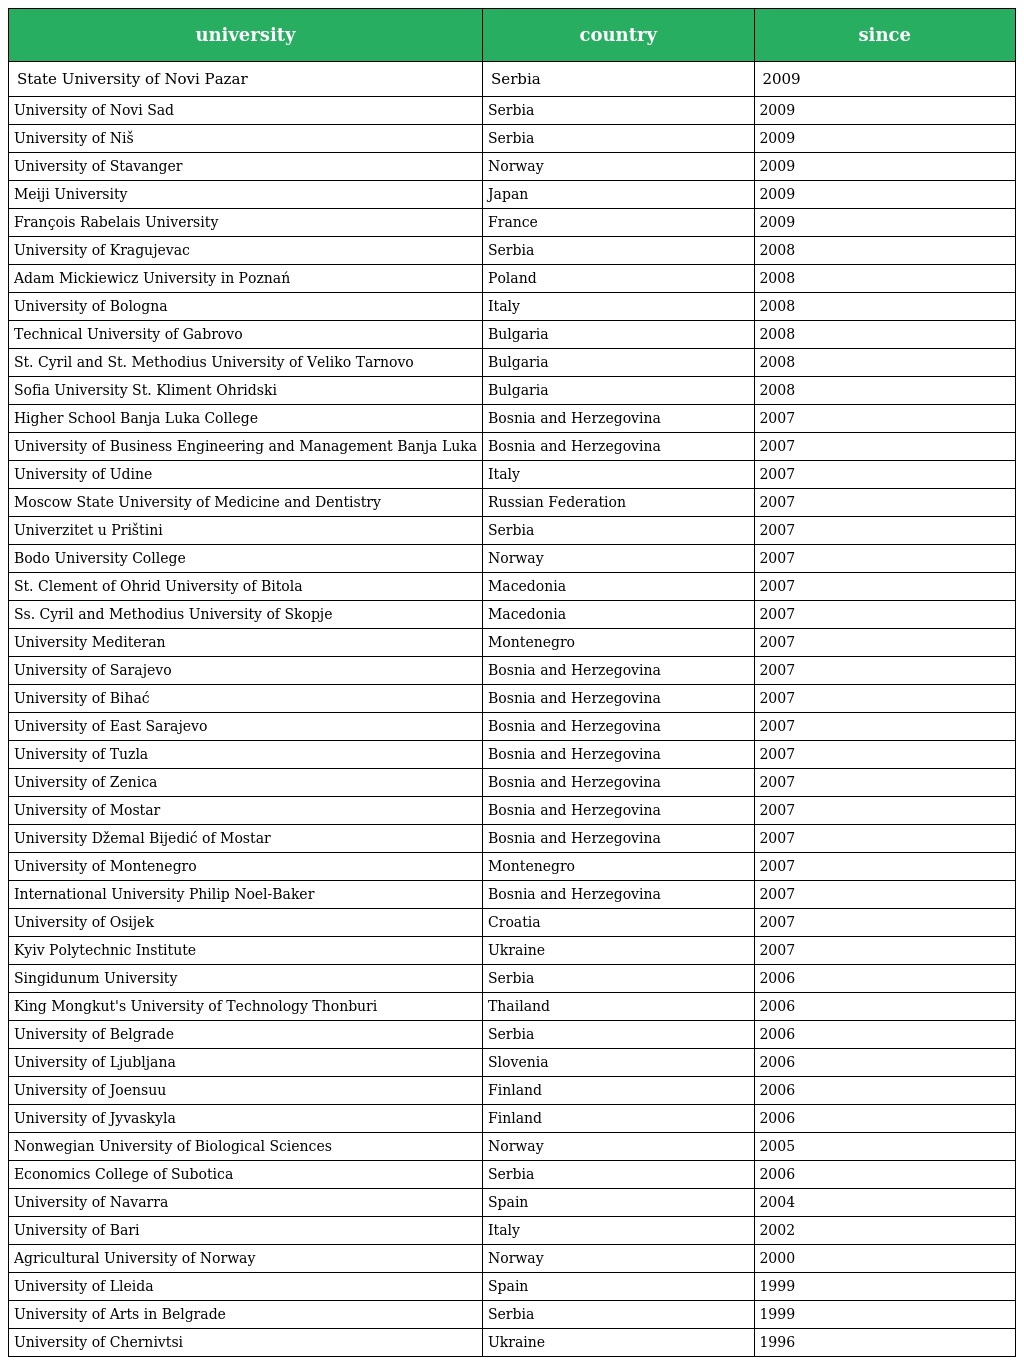
| university | country | since |
 | --- | --- | --- |
 | State University of Novi Pazar | Serbia | 2009 |
 | University of Novi Sad | Serbia | 2009 |
 | University of Niš | Serbia | 2009 |
 | University of Stavanger | Norway | 2009 |
 | Meiji University | Japan | 2009 |
 | François Rabelais University | France | 2009 |
 | University of Kragujevac | Serbia | 2008 |
 | Adam Mickiewicz University in Poznań | Poland | 2008 |
 | University of Bologna | Italy | 2008 |
 | Technical University of Gabrovo | Bulgaria | 2008 |
 | St. Cyril and St. Methodius University of Veliko Tarnovo | Bulgaria | 2008 |
 | Sofia University St. Kliment Ohridski | Bulgaria | 2008 |
 | Higher School Banja Luka College | Bosnia and Herzegovina | 2007 |
 | University of Business Engineering and Management Banja Luka | Bosnia and Herzegovina | 2007 |
 | University of Udine | Italy | 2007 |
 | Moscow State University of Medicine and Dentistry | Russian Federation | 2007 |
 | Univerzitet u Prištini | Serbia | 2007 |
 | Bodo University College | Norway | 2007 |
 | St. Clement of Ohrid University of Bitola | Macedonia | 2007 |
 | Ss. Cyril and Methodius University of Skopje | Macedonia | 2007 |
 | University Mediteran | Montenegro | 2007 |
 | University of Sarajevo | Bosnia and Herzegovina | 2007 |
 | University of Bihać | Bosnia and Herzegovina | 2007 |
 | University of East Sarajevo | Bosnia and Herzegovina | 2007 |
 | University of Tuzla | Bosnia and Herzegovina | 2007 |
 | University of Zenica | Bosnia and Herzegovina | 2007 |
 | University of Mostar | Bosnia and Herzegovina | 2007 |
 | University Džemal Bijedić of Mostar | Bosnia and Herzegovina | 2007 |
 | University of Montenegro | Montenegro | 2007 |
 | International University Philip Noel-Baker | Bosnia and Herzegovina | 2007 |
 | University of Osijek | Croatia | 2007 |
 | Kyiv Polytechnic Institute | Ukraine | 2007 |
 | Singidunum University | Serbia | 2006 |
 | King Mongkut's University of Technology Thonburi | Thailand | 2006 |
 | University of Belgrade | Serbia | 2006 |
 | University of Ljubljana | Slovenia | 2006 |
 | University of Joensuu | Finland | 2006 |
 | University of Jyvaskyla | Finland | 2006 |
 | Nonwegian University of Biological Sciences | Norway | 2005 |
 | Economics College of Subotica | Serbia | 2006 |
 | University of Navarra | Spain | 2004 |
 | University of Bari | Italy | 2002 |
 | Agricultural University of Norway | Norway | 2000 |
 | University of Lleida | Spain | 1999 |
 | University of Arts in Belgrade | Serbia | 1999 |
 | University of Chernivtsi | Ukraine | 1996 |